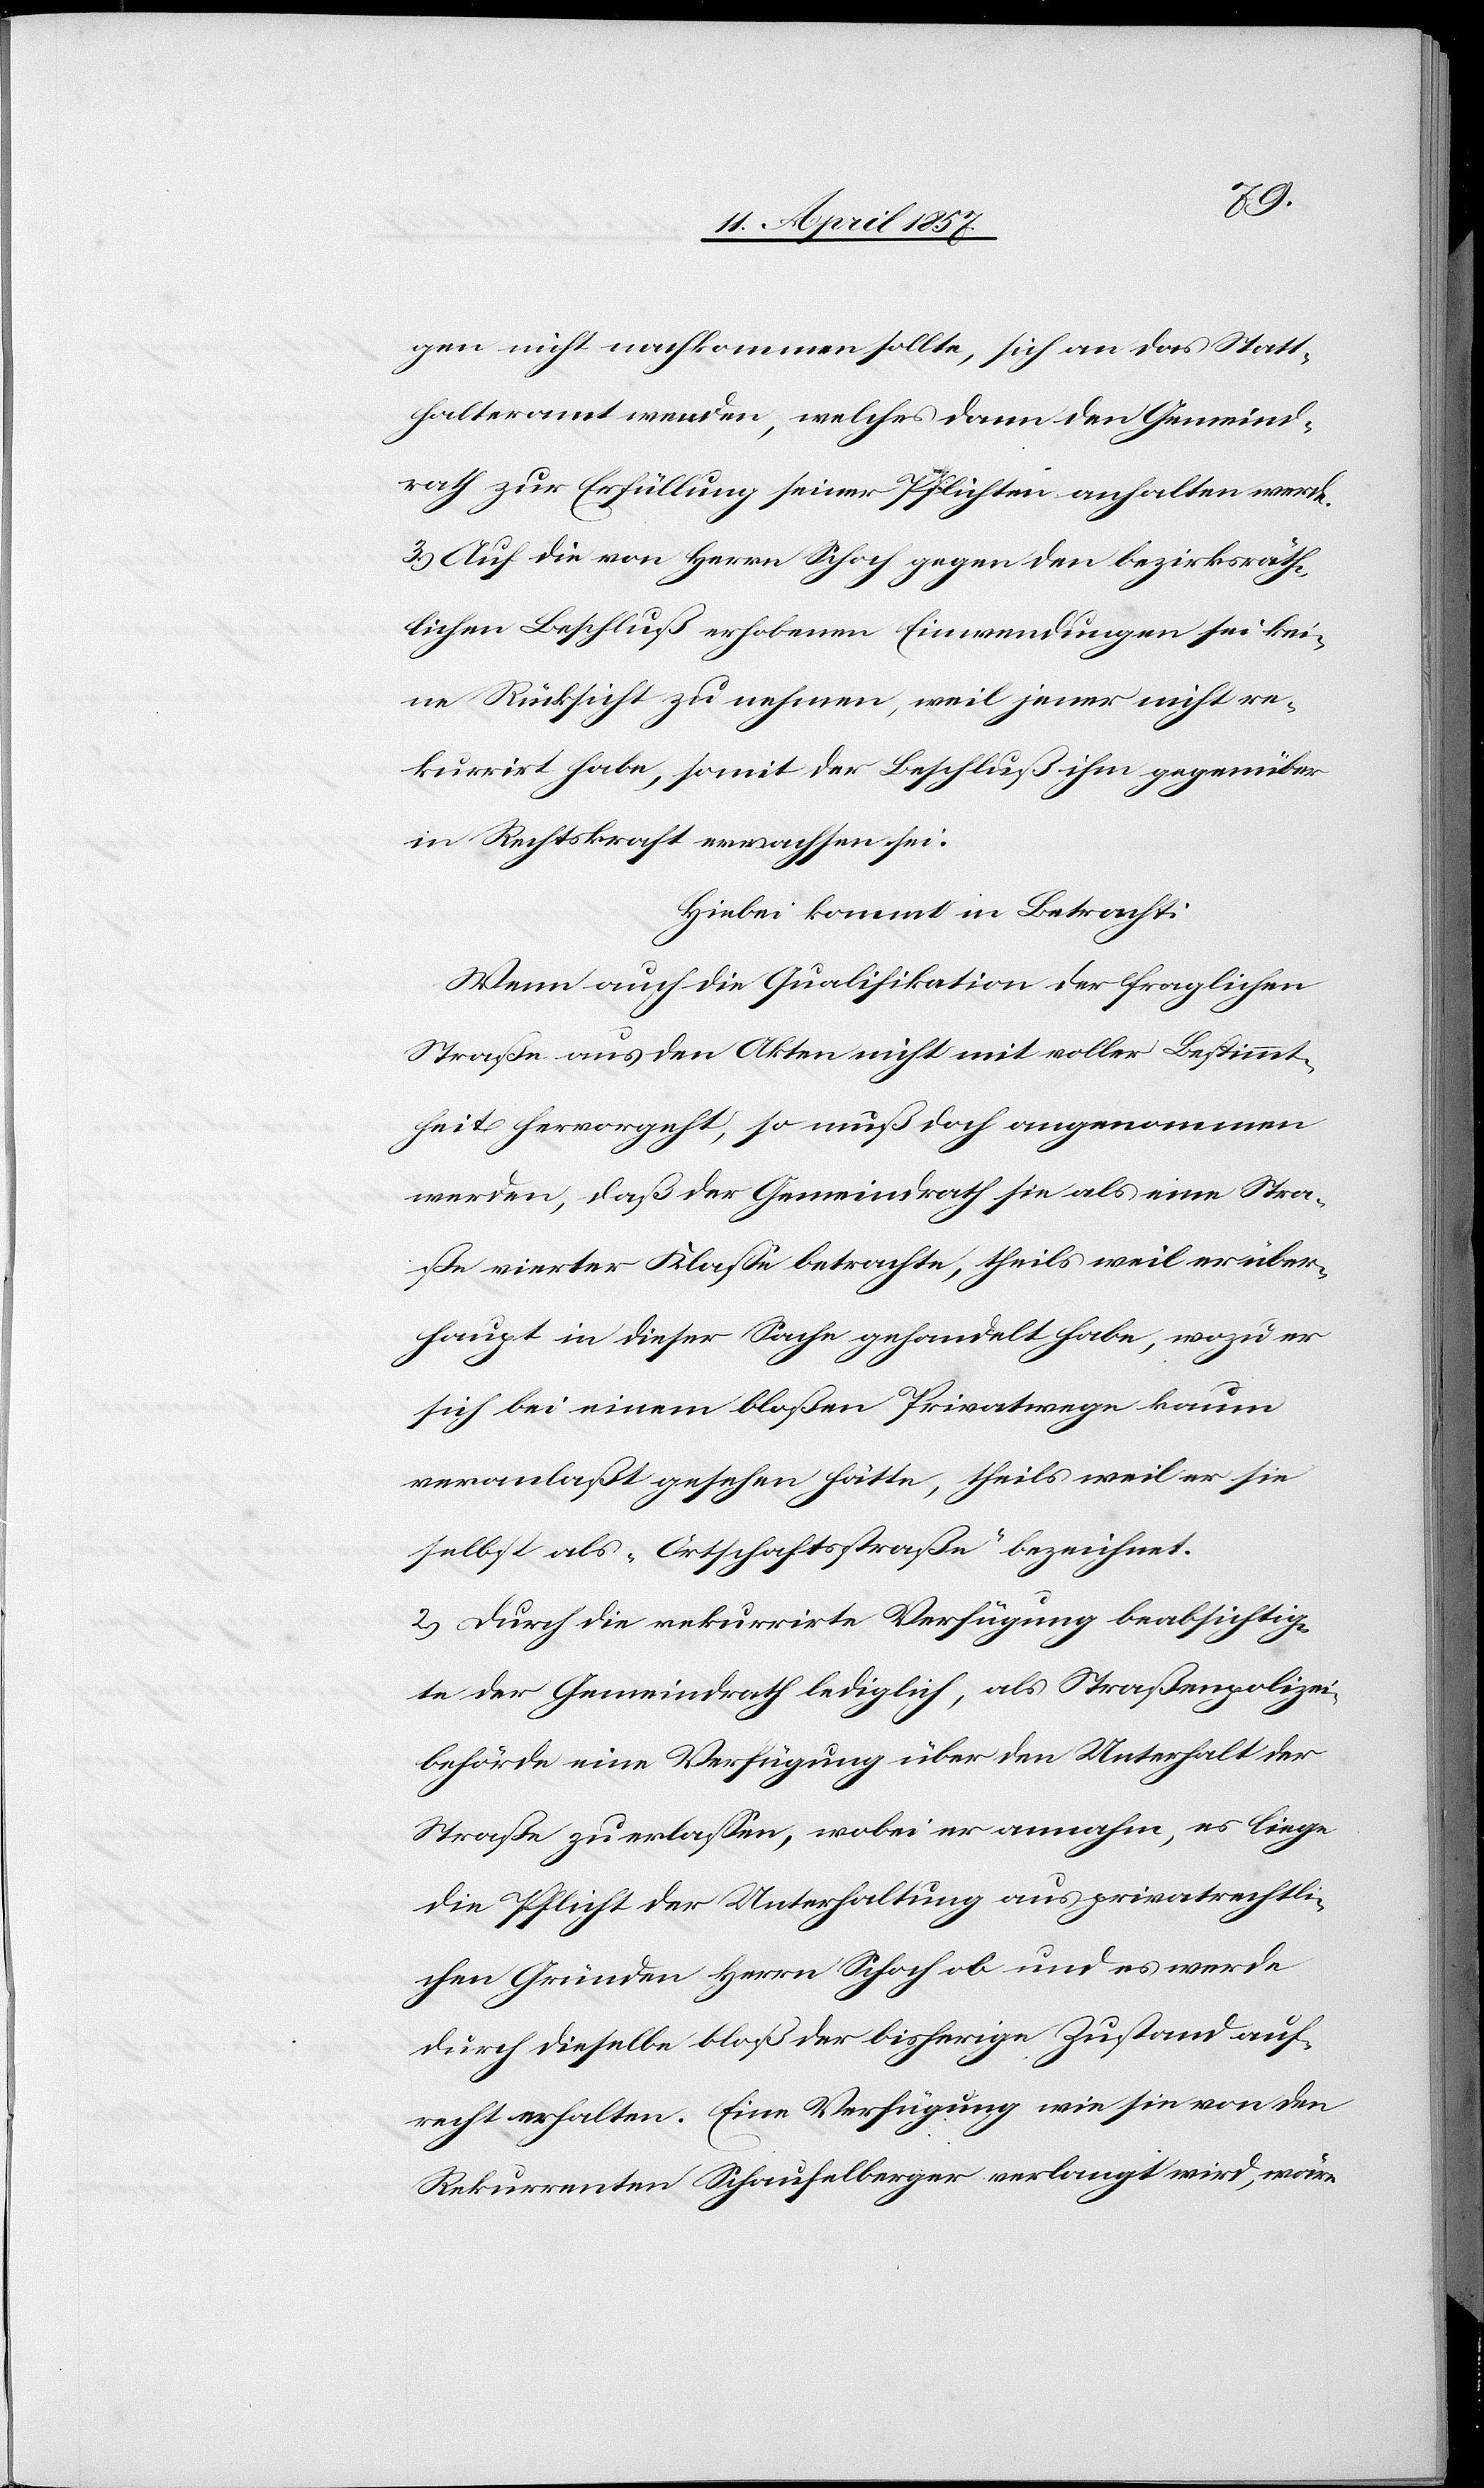
gen nicht nachkommen sollte, sich an das Statt¬
halteramt wenden, welches dann den Gemeind¬
rath zur Erfüllung seiner Pflichten anhalten werde.
3.) Auf die von Herrn Schoch gegen den bezirksräth¬
lichen Beschluß erhobenen Einwendungen sei kei¬
ne Rücksicht zu nehmen, weil jener nicht re¬
kurrirt habe, somit der Beschluß ihm gegenüber
in Rechtskraft erwachsen sei.
Hiebei kommt in Betracht:
Wenn auch die Qualifikation der fraglichen
Straße aus den Akten nicht mit voller Bestimmt¬
heit hervorgeht, so muß doch angenommen
werden, daß der Gemeindrath sie als eine Stra¬
ße vierter Klasse betrachte, theils weil er über¬
haupt in dieser Sache gehandelt habe, wozu er
sich bei einem bloßen Privatwege kaum
veranlaßt gesehen hätte, theils weil er sie
selbst als „Ortschaftsstraße“ bezeichnet.
2.) Durch die rekurrirte Verfügung beabsichtig¬
te der Gemeindrath lediglich, als Straßenpolizei¬
behörde eine Verfügung über den Unterhalt der
Straße zu erlassen, wobei er annahm, es liege
die Pflicht der Unterhaltung aus privatrechtli¬
chen Gründen Herrn Schoch ob und es werde
durch dieselbe bloß der bisherige Zustand auf¬
recht erhalten. Eine Verfügung wie sie von den
Rekurrenten Schaufelberger verlangt wird, wäre